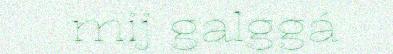
mij galggá